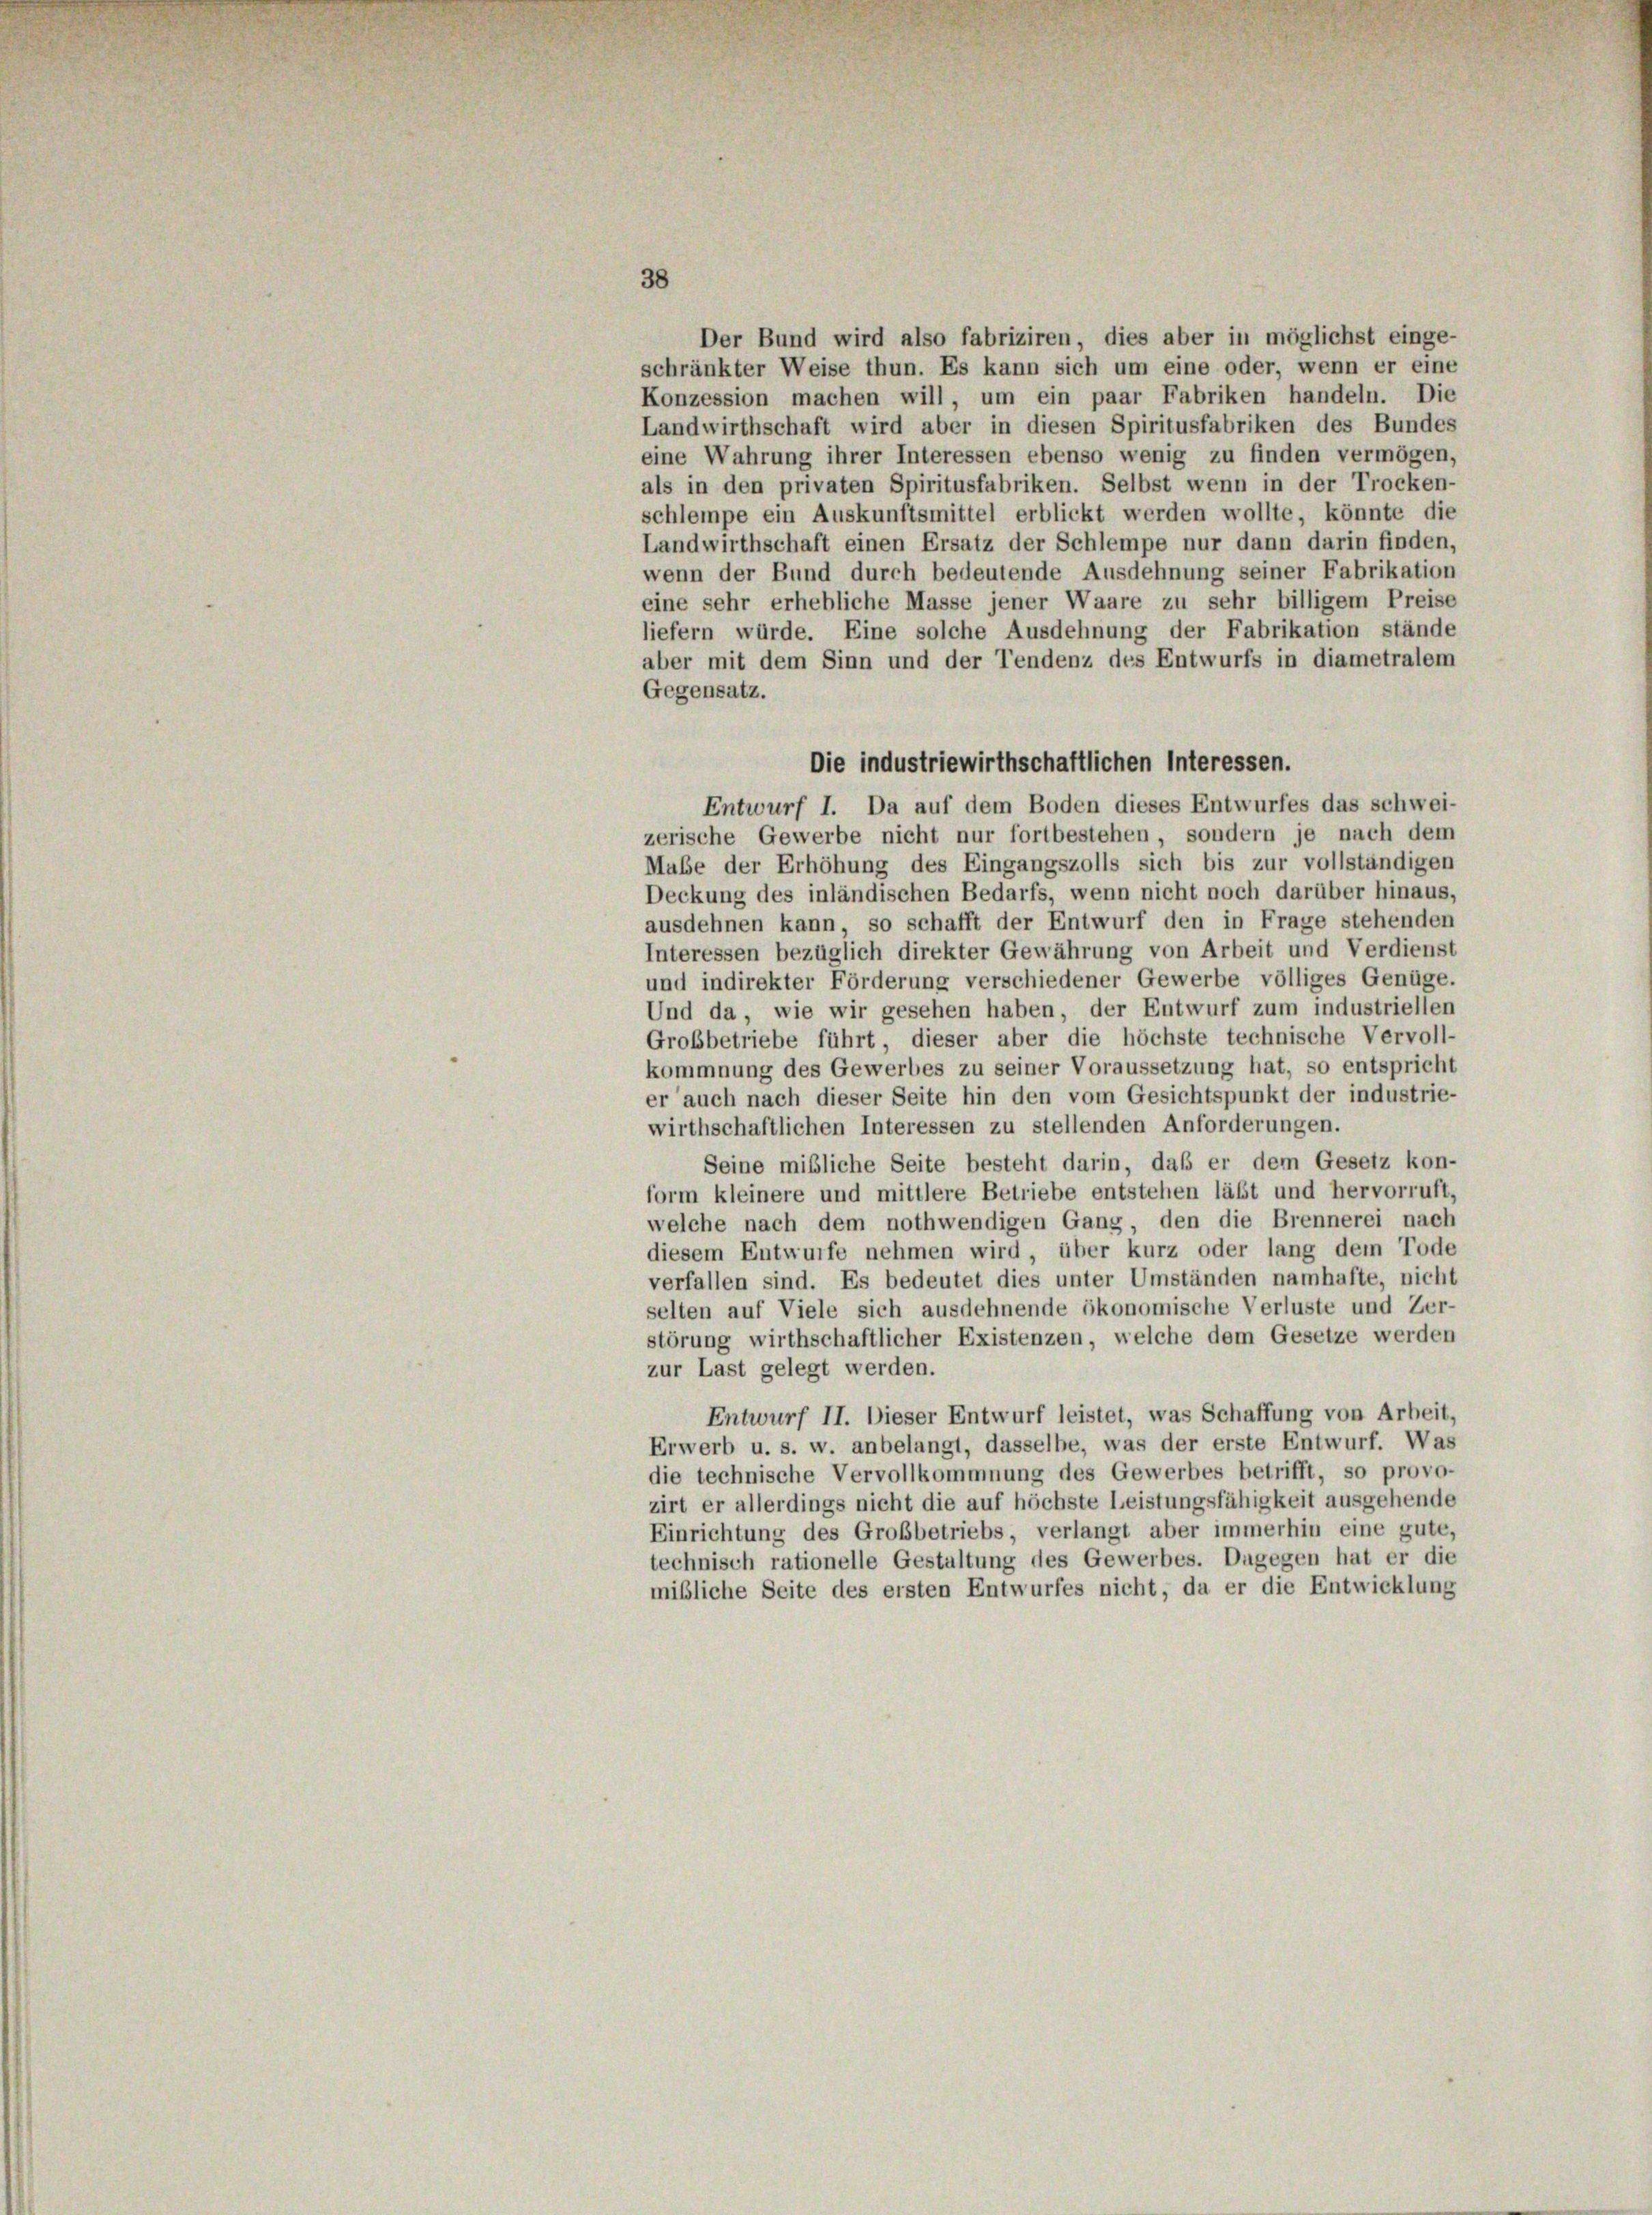
schränkter Weise thun. Es kann sich um eine oder, wenn er eine
Konzession machen will, um ein paar Fabriken handeln. Die
Landwirthschaft wird aber in diesen Spiritusfabriken des Bundes
eine Wahrung ihrer Interessen ebenso wenig zu finden vermögen,
als in den privaten Spiritusfabriken. Selbst wenn in der Trocken-
schlempe ein Auskunftsmittel erblickt werden wollte, könnte die
Landwirthschaft einen Ersatz der Schlempe nur dann darin finden,
wenn der Bund durch bedeutende Ausdehnung seiner Fabrikation
eine sehr erhebliche Masse jener Waare zu sehr billigem Preise
liefern würde. Eine solche Ausdehnung der Fabrikation stände
aber mit dem Sinn und der Tendenz des Entwurfs in diametralem
Gegensatz.
Die industriewirthschaftlichen Interessen.
Entwurf I. Da auf dem Boden dieses Entwurfes das schwei-
zerische Gewerbe nicht nur fortbestehen, sondern je nach dem
Mube der Erhöhung des Eingangszolls sich bis zur vollständigen
Deckung des inländischen Bedarfs, wenn nicht noch darüber hinaus,
ausdehnen kann, so schafft der Entwurf den in Frage stehenden
Interessen bezüglich direkter Gewährung von Arbeit und Verdienst
und indirekter Förderung verschiedener Gewerbe völliges Genüge.
Und da, wie wir gesehen haben, der Entwurf zum industriellen
Grobbetriebe führt, dieser aber die höchste technische Vervoll-
kommnung des Gewerbes zu seiner Voraussetzung hat, so entspricht
er auch nach dieser Seite hin den vom Gesichtspunkt der industrie-
wirthschaftlichen Interessen zu stellenden Anforderungen.
Seine mißliche Seite besteht darin, daß er dem Gesetz kon-
form kleinere und mittlere Betriebe entstehen läßt und hervorruft,
welche nach dem nothwendigen Gang, den die Brennerei nach
diesem Entwurfe nehmen wird, über kurz oder lang dem Tode
verfallen sind. Es bedeutet dies unter Umständen namhafte, nicht
selten auf Viele sich ausdehnende ökonomische Verluste und Zer-
störung wirthschaftlicher Existenzen, welche dem Gesetze werden
zur Last gelegt werden.
Entwurf II. Dieser Entwurf leistet, was Schaffung von Arbeit,
Erwerb u. s. w. anbelangt, dasselbe, was der erste Entwurf. Was
die technische Vervollkommnung des Gewerbes betrifft, so provo-
zirt er allerdings nicht die auf höchste Leistungsfähigkeit ausgehende
Einrichtung des Großbetriebs, verlangt aber immerhin eine gute,
technisch rationelle Gestaltung des Gewerbes. Dugegen hat er die
mibliche Seite des ersten Entwurfes nicht, da er die Entwicklung

Der Bund wird also fabriziren, dies aber in möglichst einge-